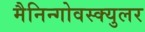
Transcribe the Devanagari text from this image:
मैनिन्गोवस्क्युलर